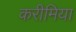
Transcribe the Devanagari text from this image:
करीमिया